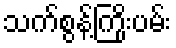
သက်စွန့်ကြိုးပမ်း